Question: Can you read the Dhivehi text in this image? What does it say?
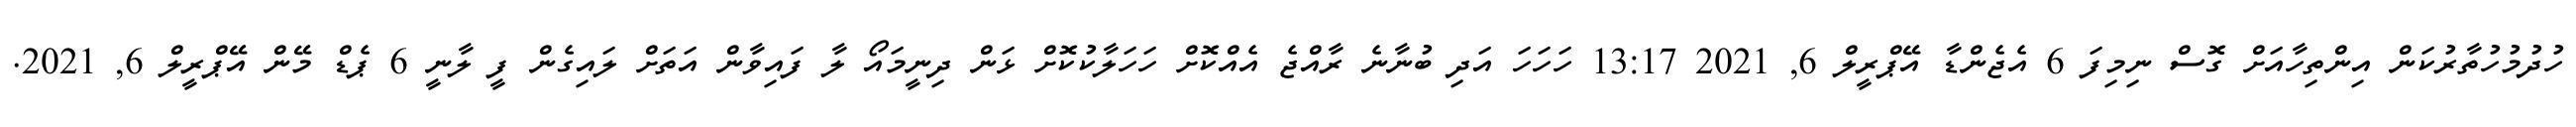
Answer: ހުދުމުހުތާރުކަން އިންތިހާއަށް ގޮސް ނިމިފަ 6 އެޖެންޑާ އޭޕްރީލް 6, 2021 13:17 ހަހަހަ އަދި ބުނާނެ ރާއްޖެ އެއްކޮށް ހަހަލާކުކޮށް ޅަން ދިނީމައޯ ލާ ފައިވާން އަތަށް ލައިގެން ފީ ލާނީ 6 ޕެޑް މޭން އޭޕްރީލް 6, 2021.